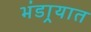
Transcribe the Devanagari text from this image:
भंडार्‍यात